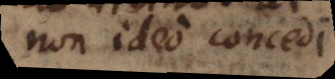
non ideo concedi